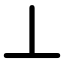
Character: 丄